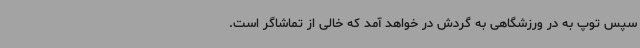
سپس توپ به در ورزشگاهی به گردش در خواهد آمد که خالی از تماشاگر است.